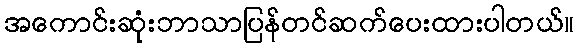
အကောင်းဆုံးဘာသာပြန်တင်ဆက်ပေးထားပါတယ်။